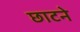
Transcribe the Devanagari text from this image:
छाटने